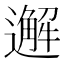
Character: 邂